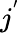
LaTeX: j^{'}